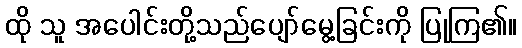
ထို သူ အပေါင်းတို့သည်ပျော်မွေ့ခြင်းကို ပြုကြ၏။